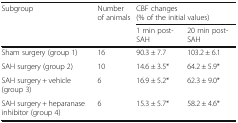
<table><thead><tr><td rowspan="2"><b>Subgroup</b></td><td rowspan="2"><b>Number of animals</b></td><td colspan="2"><b>CBF changes (% of the initial values)</b></td></tr><tr><td><b>1 min post-SAH</b></td><td><b>20 min post-SAH</b></td></tr></thead><tbody><tr><td>Sham surgery (group 1)</td><td>16</td><td>90.3 ± 7.7</td><td>103.2 ± 6.1</td></tr><tr><td>SAH surgery (group 2)</td><td>10</td><td>14.6 ± 3.5*</td><td>64.2 ± 5.9*</td></tr><tr><td>SAH surgery + vehicle (group 3)</td><td>6</td><td>16.9 ± 5.2*</td><td>62.3 ± 9.0*</td></tr><tr><td>SAH surgery + heparanaseinhibitor (group 4)</td><td>6</td><td>15.3 ± 5.7*</td><td>58.2 ± 4.6*</td></tr></tbody></table>